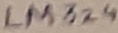
Text: LM324